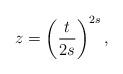
LaTeX: \begin{align*} z=\left(\frac{t}{2s}\right)^{2s},\end{align*}